Indian journal of veterinary science and animal husbandry - Volumes 15-17, 1948-1951
Year: 1948
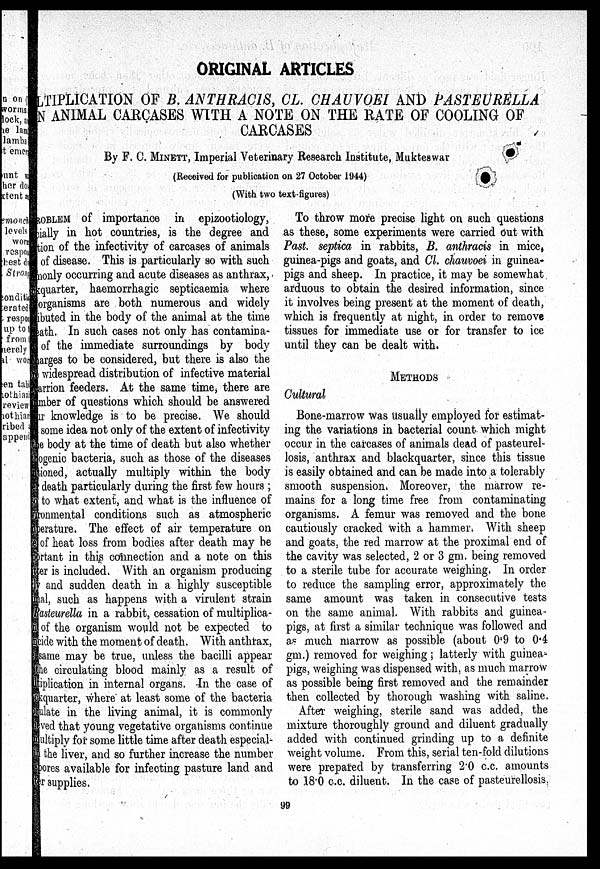
ORIGINAL ARTICLES
LTIPLICATION OF B. ANTHRACIS, CL. CHAUVOEI AND PASTEURELLA
N ANIMAL CARCASES WITH A NOTE ON THE RATE OF COOLING OF
CARCASES
By F. C. MINETT, Imperial Veterinary Research Institute, Mukteswar
(Received for publication on 27 October 1944)
(With two text-figures)
PROBLEM of importance in epizootiology,
cially in hot countries, is the degree and
tion of the infectivity of carcases of animals
of disease. This is particularly so with such
monly occurring and acute diseases as anthrax,
xquarter, haemorrhagic septicaemia where
organisms are both numerous and widely
ibuted in the body of the animal at the time
eath. In such cases not only has contamina-
of the immediate surroundings by body
charges to be considered, but there is also the
widespread distribution of infective material
arrion feeders. At the same time, there are
mber of questions which should be answered
ar knowledge is to be precise. We should
some idea not only of the extent of infectivity
ie body at the time of death but also whether
ogenic bacteria, such as those of the diseases
ioned, actually multiply within the body
death particularly during the first few hours;
to what extent, and what is the influence of
ronmental conditions such as atmospheric
perature. The effect of air temperature on
of heat loss from bodies after death may be
prtant in this connection and a note on this
ter is included. With an organism producing
γ and sudden death in a highly susceptible
oal, such as happens with a virulent strain
pasteurella in a rabbit, cessation of multiplica-
of the organism would not be expected to
cide with the moment of death. With anthrax,
same may be true, unless the bacilli appear
the circulating blood mainly as a result of
tiplication in internal organs. In the case of
kquarter, where at least some of the bacteria
folate in the living animal, it is commonly
eved that young vegetative organisms continue
multiply for some little time after death especial-
n the liver, and so further increase the number
ores available for infecting pasture land and
er supplies.
To throw more precise light on such questions
as these, some experiments were carried out with
Past. septica in rabbits, B. anthracis in mice,
guinea-pigs and goats, and Cl. chauvoei in guinea-
pigs and sheep. In practice, it may be somewhat
arduous to obtain the desired information, since
it involves being present at the moment of death,
which is frequently at night, in order to remove
tissues for immediate use or for transfer to ice
until they can be dealt with.
Methods
Cultural
Bone-marrow was usually employed for estimat
ing the variations in bacterial count which might
occur in the carcases of animals dead of pasteurel-
losis, anthrax and blackquarter, since this tissue
is easily obtained and can be made into a tolerably
smooth suspension. Moreover, the marrow re
mains for a long time free from contaminating
organisms. A femur was removed and the bone
cautiously cracked with a hammer. With sheep
and goats, the red marrow at the proximal end of
the cavity was selected, 2 or 3 gm. being removed
to a sterile tube for accurate weighing, In order
to reduce the sampling error, approximately the
same amount was taken in consecutive tests
on the same animal. With rabbits and guinea-
pigs, at first a similar technique was followed and
as much marrow as possible (about 0.9 to 0.4
gm.) removed for weighing; latterly with guinea-
pigs, weighing was dispensed with, as much marrow
as possible being first removed and the remainder
then collected by thorough washing with saline.
After weighing, sterile sand was added, the
mixture thoroughly ground and diluent gradually
added with continued grinding up to a definite
weight volume. From this, serial ten-fold dilutions
were prepared by transferring 2.0 c.c. amounts
to 18.0 c.c. diluent. In the case of pasteurellosis
99